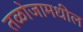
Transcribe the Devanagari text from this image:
तळोजामधील